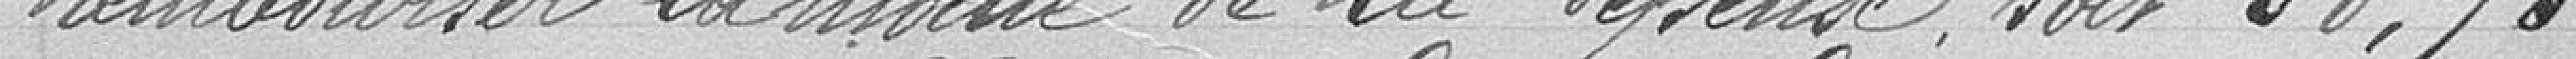
rembourser la moitié de la dépense soit 38.75.